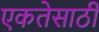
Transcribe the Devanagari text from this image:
एकतेसाठी